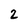
Character: 2